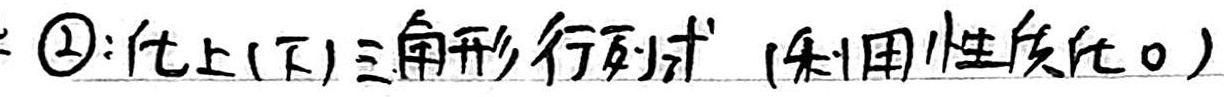
\textcircled{2}：化上（下）三角形行列式（利用性质化0）